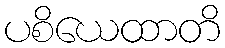
ပစိယေထာတိ